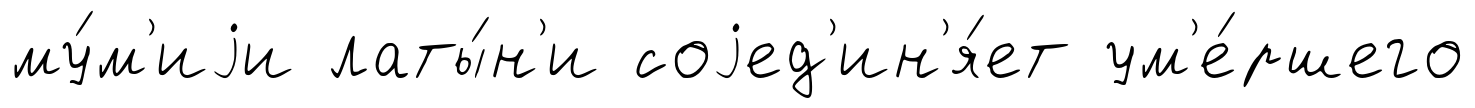
му́м'иjи латы́н'и соjед'ин'я́ет ум'е́ршего